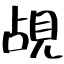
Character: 覘